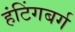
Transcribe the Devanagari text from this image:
हंटिंगबर्ग